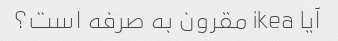
آیا ikea مقرون به صرفه است؟